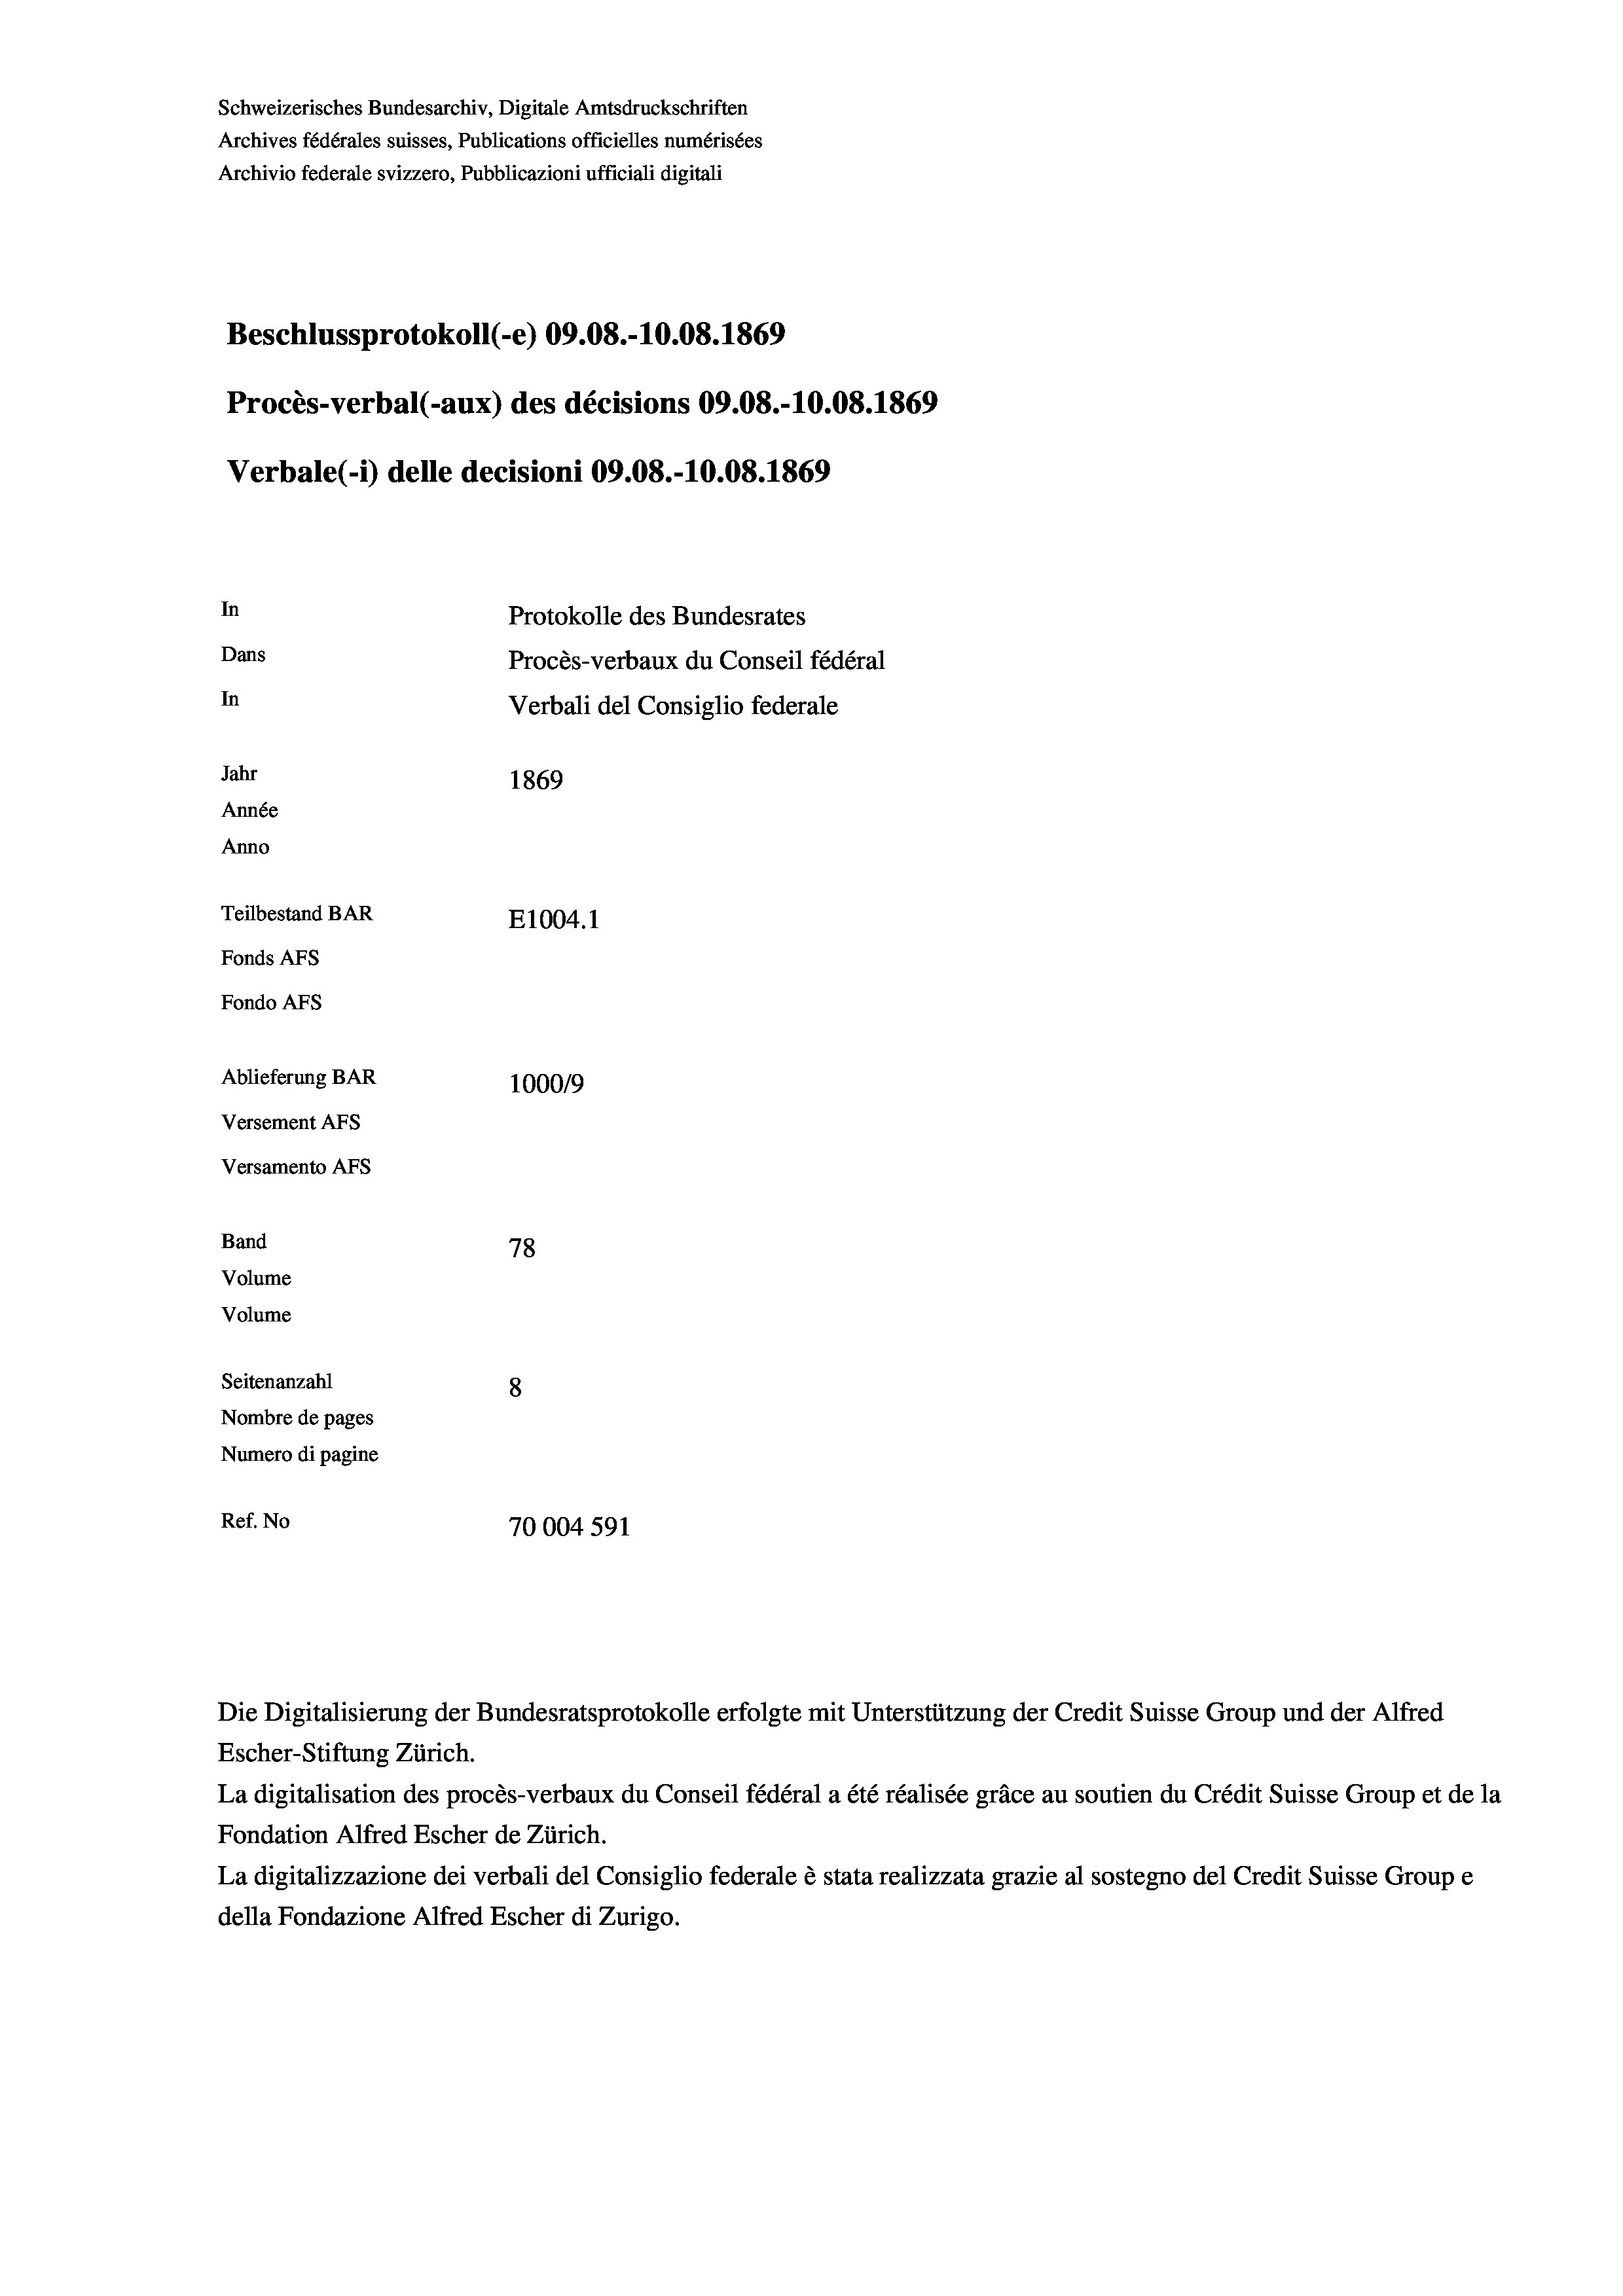
Schweizerisches Bundesarchiv, Digitale Amtsdruckschriften
Archives fédérales suisses, Publications officielles numérisées
Archivio federale svizzero, Pubblicazioni ufficiali digitali
Beschlussprotokoll (-e) 09.08.-10.08. 1869
Procès-verbal (-aux) des décisions 09.08.-10.08. 1869
Verbale (i) delle decisioni 09.08.-10.08. 1869
In
Protokolle des Bundesrates
Dans
Procès-verbaux du Conseil fédéral
In
Verbali del Consiglio federale
Jahr
1869
Année
Anno
Teilbestand BAR
E1004.1
Fonds AFs
Fondo AFS
Ablieferung BAR
1000/9
Versement As
Versamento Afs
Band
78
Volume
Volume

Seitenanzahl
8
Nombre de pages
Numero di pagine
Ref. No
70004 591

Die Digitalisierung der Bundesratsprotokolle erfolgte mit Unterstützung der Credit Suisse Group und der Alfred
Escher-Stiftung Zürich.
La digitalisation des procès-verbaux du Conseil fédéral a été réalisée gräce au soutien du Crédit Suisse Group et de la
Fondation Alfred Escher de Zürich.
La digitalizzazione dei verbali del Consiglio federale è stata realizzata grazie al sostegno del Credit Suisse Groupe
della Fondazione Alfred Escher di Zurigo.